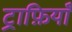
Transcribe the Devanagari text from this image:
ट्राफ़ियाँ